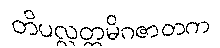
တိပလ္လတ္ထမိဂဇာတက